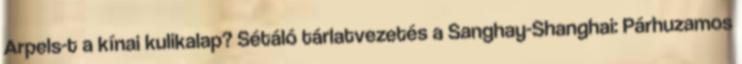
Arpels-t a kínai kulikalap? Sétáló tárlatvezetés a Sanghay-Shanghai: Párhuzamos